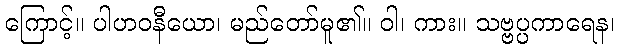
ကြောင့်။ ပါဟဝနီယော၊ မည်တော်မူ၏။ ဝါ၊ ကား။ သဗ္ဗပ္ပကာရေန၊